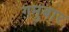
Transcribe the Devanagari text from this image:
ग़मुबार